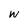
Character: w